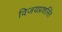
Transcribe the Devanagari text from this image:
विजयप्रशस्ति